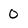
Character: 0